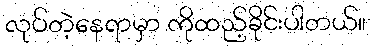
လုပ်တဲ့နေရာမှာ ကိုထည့်ခိုင်းပါတယ်။